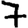
Digit: 7